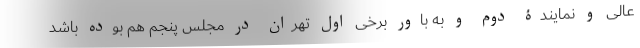
عالی و نمایندۀ دوم و به باور برخی اول تهران در مجلس پنجم هم بوده باشد